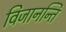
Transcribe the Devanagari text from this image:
विजानन्ति